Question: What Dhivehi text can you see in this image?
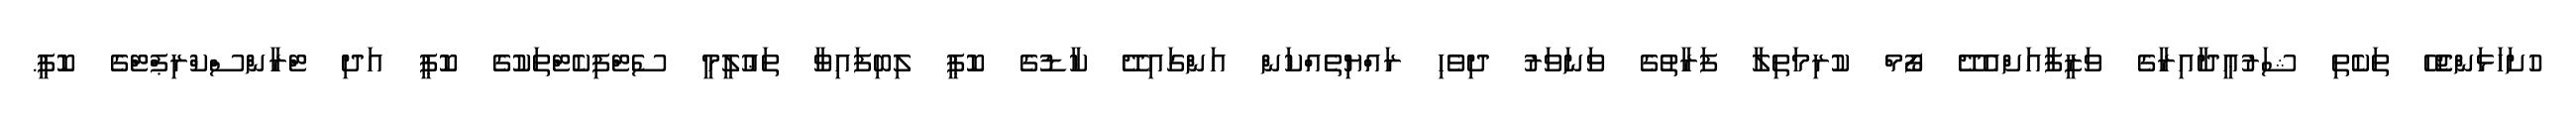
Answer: ހުށަހަޅަންޖެހޭ ތަކެތި ޝަރުޢީދާއިރާގެ ވަޒީފާއަށްއެދޭ ފޯމް ކުރިމަތިލާ ފަރާތުގެ ވަނަވަރު ދިވެހި ރައްޔިތެއްކަން އަންގައިދޭ ކާޑުގެ ކޮޕީ ލިބިފައިވާ ތަޢުލީމީ ސެޓްފިކެޓްތަކުގެ ކޮޕީ އަދި ޓްރާންސްކްރިޕްޓްގެ ކޮޕީ.